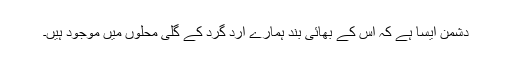
دشمن ایسا ہے کہ اس کے بھائی بند ہمارے ارد گرد کے گلی محلوں میں موجود ہیں۔